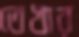
তেখার